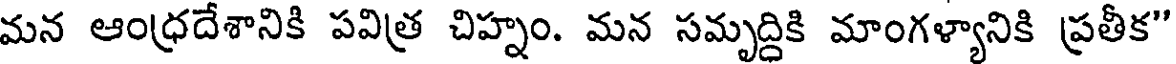
మన ఆంధ్రదేశానికి పవిత్ర చిహ్నం. మన సమృద్దికి మాంగళ్యానికి ప్రతీక"